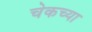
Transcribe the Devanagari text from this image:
चेकच्या